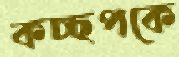
কচ্ছপকে